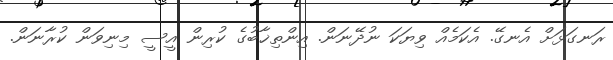
ރަނގަޅަށް އެނގޭ. އެކަމެއް ވިޔަކަ ނުދޭނަން. އިންތިޚާބުގެ ކުރިން އީސީ މިނިވަން ކުރާނަން.